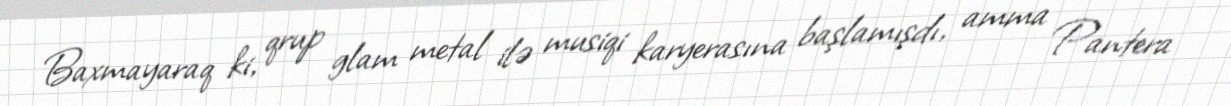
Baxmayaraq ki, qrup glam metal ilə musiqi karyerasına başlamışdı, amma Pantera